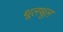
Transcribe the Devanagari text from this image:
थूलथूल